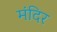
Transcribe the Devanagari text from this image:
मंदिर